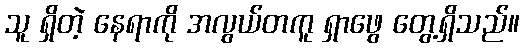
သူ ရှိတဲ့ နေရာကို အလွယ်တကူ ရှာဖွေ တွေ့ရှိသည်။